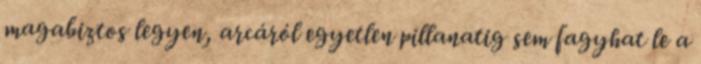
magabiztos legyen, arcáról egyetlen pillanatig sem fagyhat le a